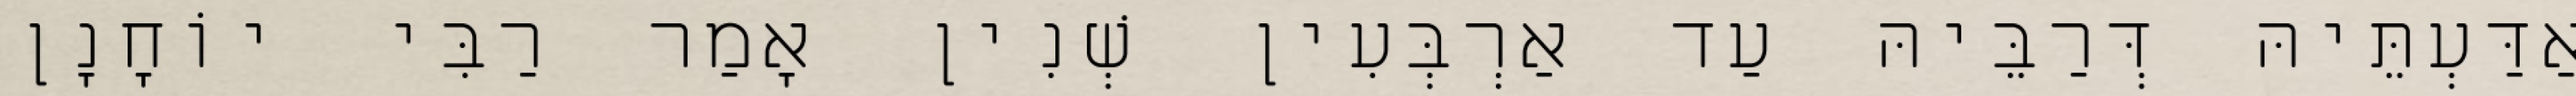
אַדַּעְתֵּיהּ דְּרַבֵּיהּ עַד אַרְבְּעִין שְׁנִין אָמַר רַבִּי יוֹחָנָן